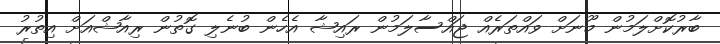
ބާރުކޮށްލަމުން މޫނަށް ވައްތަރެއް ޖައްސާލަމުން ރައިޝާ އެހެން ބުނެލި ގޮތުން ރިއާޝްއަށް އިތުރު